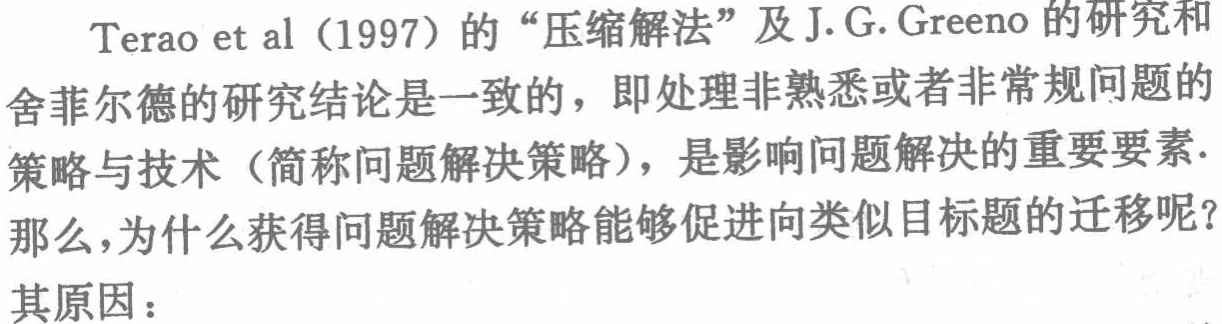
Terao et al (1997)的“压缩解法”及J.G.Greeno的研究和

舍菲尔德的研究结论是一致的，即处理非熟悉或者非常规问题的

策略与技术（简称问题解决策略），是影响问题解决的重要要素.

那么,为什么获得问题解决策略能够促进向类似目标题的迁移呢?

其原因：